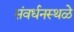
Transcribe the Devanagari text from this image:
संवर्धनस्थळे